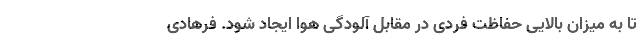
تا به میزان بالایی حفاظت فردی در مقابل آلودگی هوا ایجاد شود. فرهادی